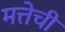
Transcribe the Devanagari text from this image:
मत्तेची